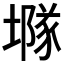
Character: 𡑖